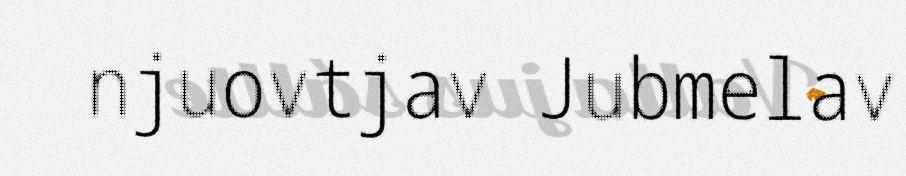
njuovtjav Jubmelav